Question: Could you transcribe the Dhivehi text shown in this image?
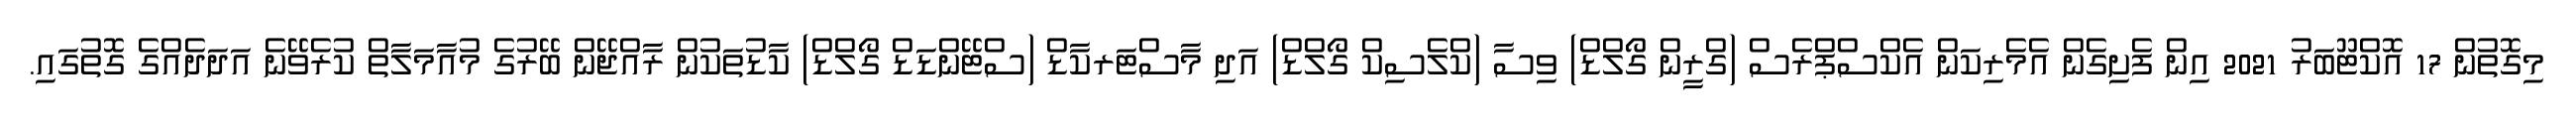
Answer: މިގޮތުން 17 އޮކްޓޫބަރު 2021 އިން ފެށިގެން އެމެރިކަން އެކްސްޕްރެސް (ގްރީން ގޯލްޑް) ވިސާ (ކްލެސިކް ގޯލްޑް) އަދި މާސްޓަރކާޑް (ސްޓޭންޑަޑް ގޯލްޑް) ކާޑުތަކުން ރާއްޖޭން ބޭރުގެ މުއާމަލާތް ކުރެވޭނެ އަދަދެއްގެ ގޮތުގައި.